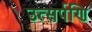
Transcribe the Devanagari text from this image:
उत्सर्पणि